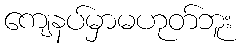
ကျေနပ်မှာမဟုတ်ဘူး